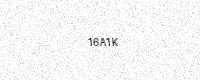
Text: 16A1K